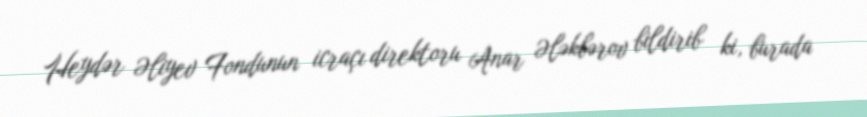
Heydər Əliyev Fondunun icraçı direktoru Anar Ələkbərov bildirib ki, burada